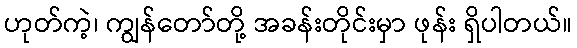
ဟုတ်ကဲ့၊ ကျွန်တော်တို့ အခန်းတိုင်းမှာ ဖုန်း ရှိပါတယ်။